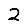
Digit: 2